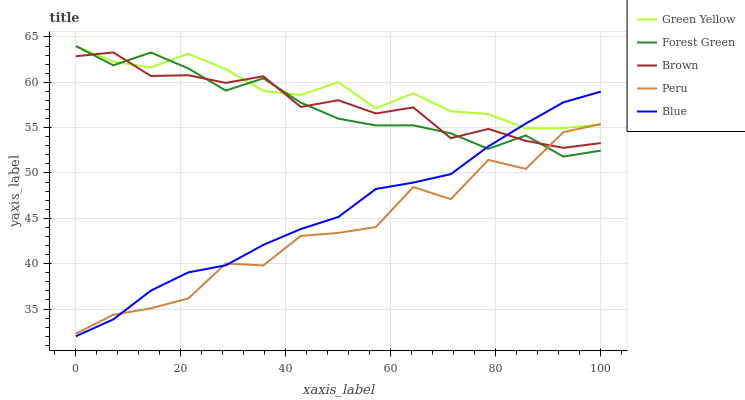
| xaxis_label | Green Yellow | Forest Green | Brown | Peru | Blue |
 | --- | --- | --- | --- | --- | --- |
 | 0 | 64 | 64 | 62.9 | 32.3 | 32 |
 | 7.14 | 62.3 | 61.9 | 63.3 | 34.4 | 33.9 |
 | 14.3 | 61.6 | 63.3 | 60.7 | 35.1 | 37 |
 | 21.4 | 63.1 | 61.5 | 60.8 | 36.2 | 39 |
 | 28.6 | 61.4 | 59.1 | 59.9 | 40 | 39.8 |
 | 35.7 | 59.1 | 60.4 | 60.7 | 39.8 | 42.1 |
 | 42.9 | 58.6 | 57.8 | 57.3 | 43.1 | 43.8 |
 | 50 | 60 | 56 | 58 | 43.4 | 45.1 |
 | 57.1 | 57.1 | 55.2 | 56.6 | 44 | 48.2 |
 | 64.3 | 58.8 | 55.3 | 57.2 | 48.5 | 48.9 |
 | 71.4 | 56.8 | 54.4 | 53.8 | 47.1 | 49.9 |
 | 78.6 | 56.5 | 52.7 | 54.9 | 51.4 | 52.9 |
 | 85.7 | 54.9 | 54.1 | 53.5 | 50.5 | 55.4 |
 | 92.9 | 54.9 | 51.8 | 52.8 | 54.5 | 57.8 |
 | 100 | 55.3 | 52.5 | 53.3 | 55.4 | 59 |